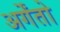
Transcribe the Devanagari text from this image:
अर्गेंतो